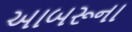
આબરૂના